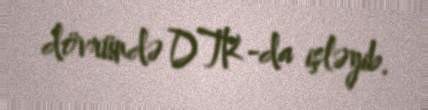
dövründə DTK-da işləyib.